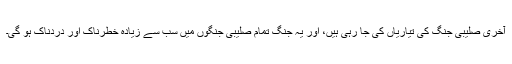
آخری صلیبی جنگ کی تیاریاں کی جا رہی ہیں، اور یہ جنگ تمام صلیبی جنگوں میں سب سے زیادہ خطرناک اور دردناک ہو گی۔